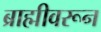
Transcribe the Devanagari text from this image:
ब्राह्मीवरून